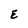
Character: E